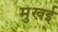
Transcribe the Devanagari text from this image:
मुखई